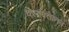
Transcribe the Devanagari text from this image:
करावतानन